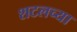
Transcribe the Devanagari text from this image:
शटलच्या